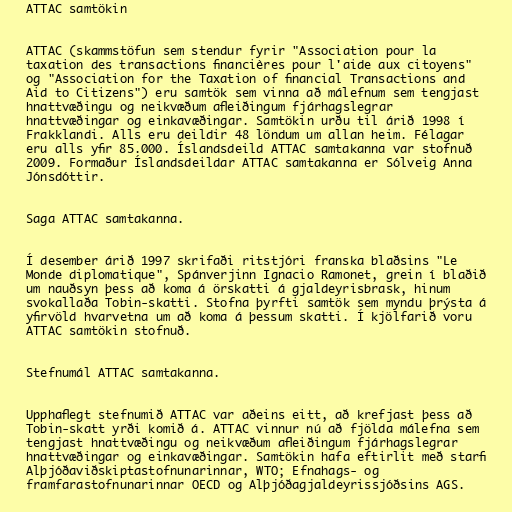
ATTAC samtökin

ATTAC (skammstöfun sem stendur fyrir "Association pour la
taxation des transactions financières pour l'aide aux citoyens"
og "Association for the Taxation of financial Transactions and
Aid to Citizens") eru samtök sem vinna að málefnum sem tengjast
hnattvæðingu og neikvæðum afleiðingum fjárhagslegrar
hnattvæðingar og einkavæðingar. Samtökin urðu til árið 1998 í
Frakklandi. Alls eru deildir 48 löndum um allan heim. Félagar
eru alls yfir 85.000. Íslandsdeild ATTAC samtakanna var stofnuð
2009. Formaður Íslandsdeildar ATTAC samtakanna er Sólveig Anna
Jónsdóttir.

Saga ATTAC samtakanna.

Í desember árið 1997 skrifaði ritstjóri franska blaðsins "Le
Monde diplomatique", Spánverjinn Ignacio Ramonet, grein í blaðið
um nauðsyn þess að koma á örskatti á gjaldeyrisbrask, hinum
svokallaða Tobin-skatti. Stofna þyrfti samtök sem myndu þrýsta á
yfirvöld hvarvetna um að koma á þessum skatti. Í kjölfarið voru
ATTAC samtökin stofnuð.

Stefnumál ATTAC samtakanna.

Upphaflegt stefnumið ATTAC var aðeins eitt, að krefjast þess að
Tobin-skatt yrði komið á. ATTAC vinnur nú að fjölda málefna sem
tengjast hnattvæðingu og neikvæðum afleiðingum fjárhagslegrar
hnattvæðingar og einkavæðingar. Samtökin hafa eftirlit með starfi
Alþjóðaviðskiptastofnunarinnar, WTO; Efnahags- og
framfarastofnunarinnar OECD og Alþjóðagjaldeyrissjóðsins AGS.